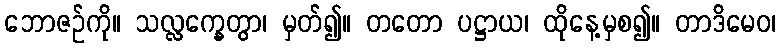
ဘောဇဉ်ကို။ သလ္လက္ခေတွာ၊ မှတ်၍။ တတော ပဋ္ဌာယ၊ ထိုနေ့မှစ၍။ တာဒိမေဝ၊